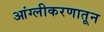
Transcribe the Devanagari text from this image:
आंग्लीकरणातून